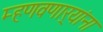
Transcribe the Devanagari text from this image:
म्हणवणार्‍यांना